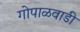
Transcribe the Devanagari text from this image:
गोपाळवाडी